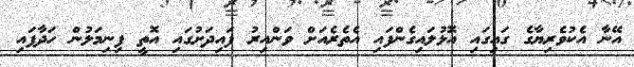
އޭނާ އެކުވެރިޔާގެ ގައިގައި އޮޅުލައިގެންފައި އެތެރެއަށް ވަންއިރު ފައިދަށުގައި އޮތީ ފިނިމަލުން ހަދާފައި